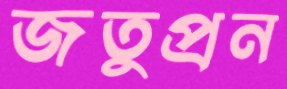
জতুপ্রন